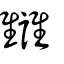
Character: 讐